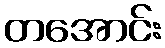
တအောင်း